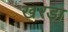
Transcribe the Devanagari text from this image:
खरड़ा